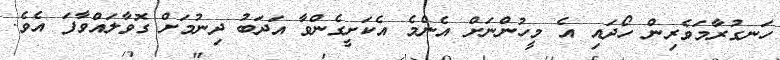
ހަނގުރާމަވެރިން ހޯދައި އެ މީހުންނަށް އެންމެ އެކަށީގެންވާ އަދަބު ދިނުމަށް ގޮވާލައްވާފަ އެވެ.